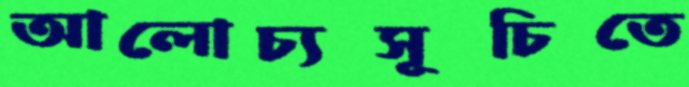
আলোচ্যসূচিতে